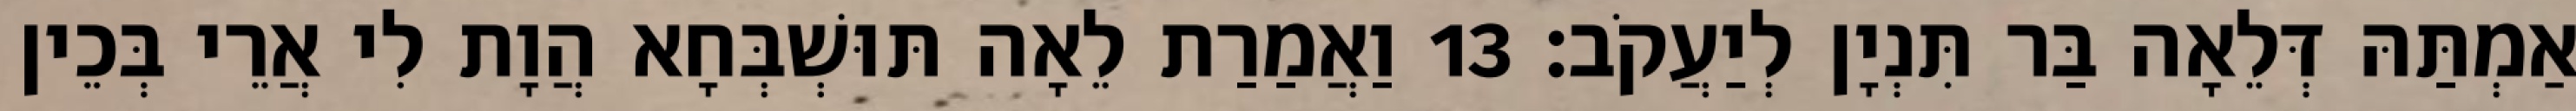
אַמְתַּהּ דְּלֵאָה בַּר תִּנְיָן לְיַעֲקֹב׃ 13 וַאֲמַרַת לֵאָה תּוּשְׁבְּחָא הֲוָת לִי אֲרֵי בְּכֵין